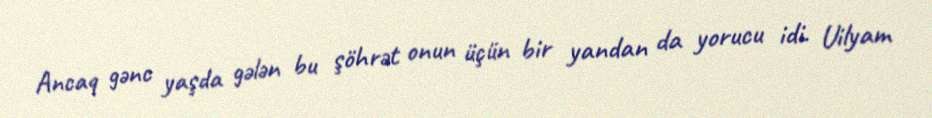
Ancaq gənc yaşda gələn bu şöhrət onun üçün bir yandan da yorucu idi. Uilyam